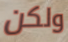
ولكن